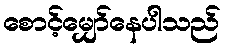
စောင့်မျှော်နေပါသည်